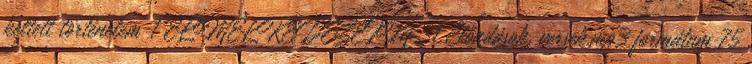
keltett történelem 1 ELMÉLKEDÉSEIM 31 Előadások, versek,mp3 formátum 75